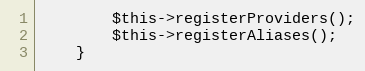
Language: PHP
		$this->registerProviders();
		$this->registerAliases();
	}